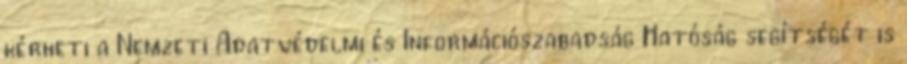
kérheti a Nemzeti Adatvédelmi és Információszabadság Hatóság segítségét is